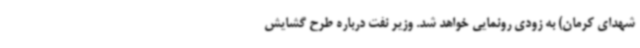
شهدای کرمان) به زودی رونمایی خواهد شد. وزیر نفت درباره طرح گشایش